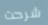
شرحت